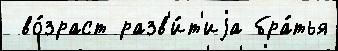
 во́зраст разв'и́т'иjа бра́тья